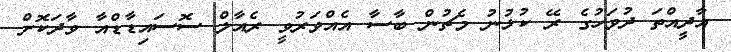
އާދީއްތަ ދުވަހުގެ ރޭ ކުޅުނު މެޗުން ބާސާ އެއްވަރުވީ ރެއާލް ސޮސައިޑާޑްއާ ވާދަކޮށް